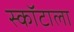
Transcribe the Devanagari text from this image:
स्कॉटाला